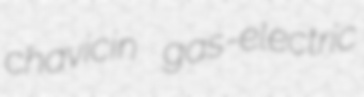
chavicin gas-electric